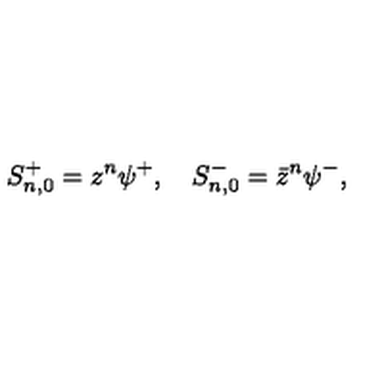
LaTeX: S _ { n , 0 } ^ { + } = z ^ { n } \psi ^ { + } , \quad S _ { n , 0 } ^ { - } = \bar { z } ^ { n } \psi ^ { - } ,